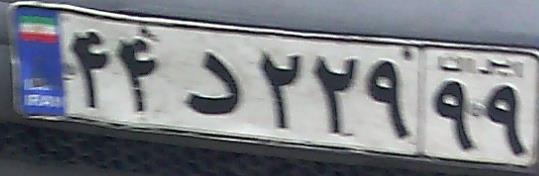
۴۴د۲۲۹۹۹